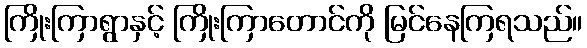
ကြိုးကြာရွာနှင့် ကြိုးကြာတောင်ကို မြင်နေကြရသည်။